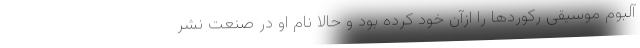
آلبوم موسیقی رکوردها را ازآن خود کرده بود و حالا نام او در صنعت نشر